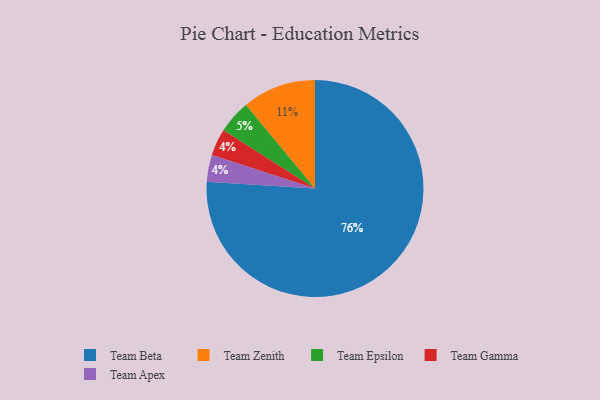
{"axis": {"x": "Category", "y": "Percentage"}, "legend": ["Team Apex", "Team Beta", "Team Epsilon", "Team Gamma", "Team Zenith"], "data": [{"x": "Team Zenith", "y": 11, "type": "Team Zenith"}, {"x": "Team Beta", "y": 76, "type": "Team Beta"}, {"x": "Team Gamma", "y": 4, "type": "Team Gamma"}, {"x": "Team Apex", "y": 4, "type": "Team Apex"}, {"x": "Team Epsilon", "y": 5, "type": "Team Epsilon"}]}